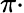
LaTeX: \pi\cdot